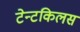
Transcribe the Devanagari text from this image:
टेन्टकिलस